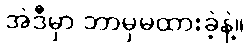
အဲဒီမှာ ဘာမှမထားခဲ့နဲ့။